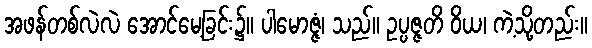
အဖန်တစ်လဲလဲ အောင်မေ့ခြင်း၌။ ပါမောဇ္ဇံ၊ သည်။ ဥပ္ပဇ္ဇတိ ဝိယ၊ ကဲ့သို့တည်း။